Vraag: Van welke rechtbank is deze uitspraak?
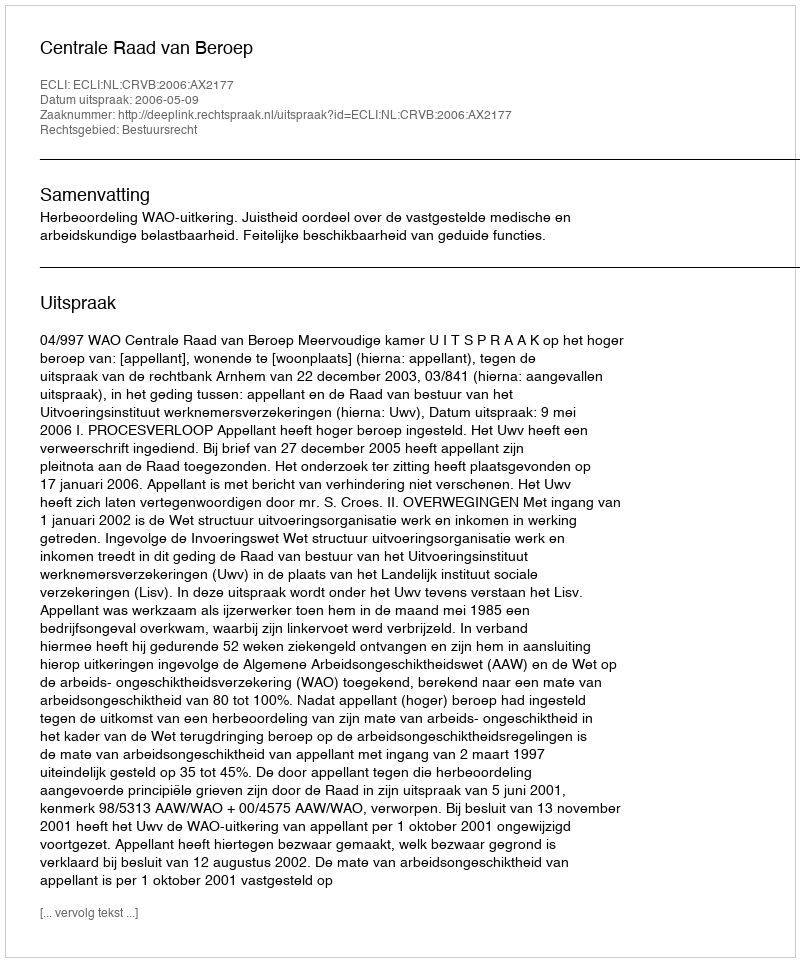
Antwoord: Centrale Raad van Beroep